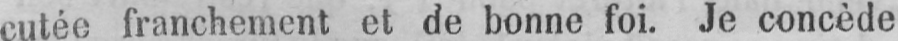
cutée franchement et de bonne foi. Je concède